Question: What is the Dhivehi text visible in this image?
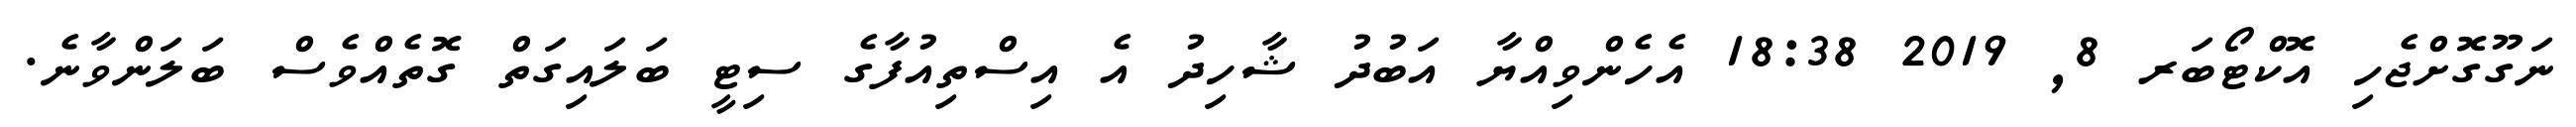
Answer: ނަގޫގޮށްޖެހި އޮކްޓޯބަރ 8, 2019 18:38 އެހެންވިއްޔާ އަބުދު ޝާހިދު އެ އިސްތިއުފާގެ ސިޓީ ބަލައިގަތް ގޮތެއްވެސް ބަލަންވާނެ.